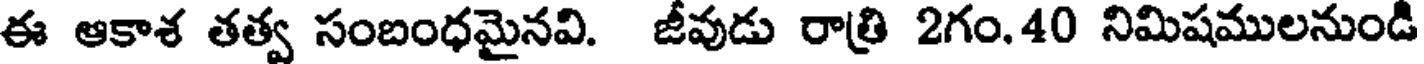
ఈ ఆకాశ తత్వ సంబంధమైనవి. జీవుడు రాత్రి 2గం.40 నిమిషములనుండి